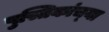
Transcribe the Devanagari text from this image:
पुस्तिकांच्‍या